Report on vaccination North-West Frontier Province 1904-1922 - 1904-1922
Year: 1904
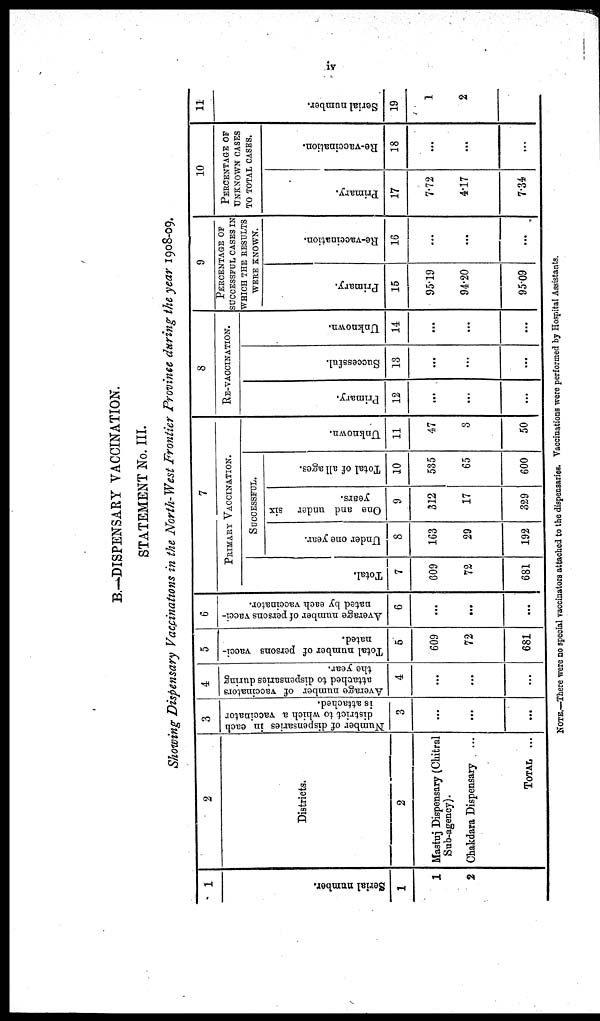
iv
B.—DISPENSARY VACCINATION.
STATEMENT No. III.
Showing Dispensary Vaccinations in the North-West Frontier Province during the year 1908-09.
1
Serial number.
1
1
2
2
Districts.
2
Mastuj Dispensary (Chitral
Sub-agency).
Chakdara Dispensary ...
TOTAL ...
3
Number of dispensaries in each
district to which a vaccinator
is attached.
3
...
...
...
4
Average number of vaccinators
attached to dispensaries during
the year.
4
...
...
...
5
Total number of persons vacci-
nated.
5
609
72
681
6
Average number of persons vacci-
nated by each vaccinator.
6
...
...
...
7
PRIMARY VACCINATION.
Total.
7
609
72
681
SUCCESSFUL.
Under one year.
8
163
29
192
One and under
six
years.
9
312
17
329
Total of all ages.
10
535
65
600
Unknown.
11
47
3
50
8
RE-VACCINATION.
Primary.
12
...
...
...
Successful.
13
...
...
...
Unknown.
14
...
...
...
9
PERCENTAGE OF
SUCCESSFUL CASES IN
WHICH THE RESULTS
WERE KNOWN.
Primary.
15
95.19
94.20
95.09
Re-vaccination.
16
...
...
...
10
PERCENTAGE OF
UNKNOWN CASES
TO TOTAL CASES.
Primary.
17
7.72
4.17
7.34
Re-vaccination.
18
...
...
...
11
Serial number.
19
1
2
NOTE.—There were no special vaccinators attached to the dispensaries. Vaccinations were performed by Hospital Assistants.